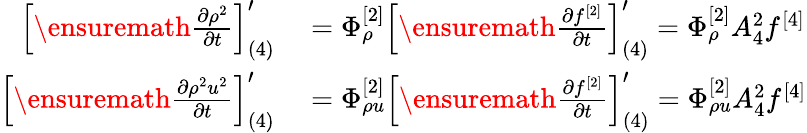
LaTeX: \begin{array}{rl}{\left[\ensuremath{\frac{\partial\rho^{2}}{\partial t}}\right]_{(4)}^{\prime}}&{{}=\Phi_{\rho}^{[2]}\left[\ensuremath{\frac{\partial f^{[2]}}{\partial t}}\right]_{(4)}^{\prime}=\Phi_{\rho}^{[2]}A_{4}^{2}f^{[4]}}\\ {\left[\ensuremath{\frac{\partial\rho^{2}u^{2}}{\partial t}}\right]_{(4)}^{\prime}}&{{}=\Phi_{\rho u}^{[2]}\left[\ensuremath{\frac{\partial f^{[2]}}{\partial t}}\right]_{(4)}^{\prime}=\Phi_{\rho u}^{[2]}A_{4}^{2}f^{[4]}}\end{array}